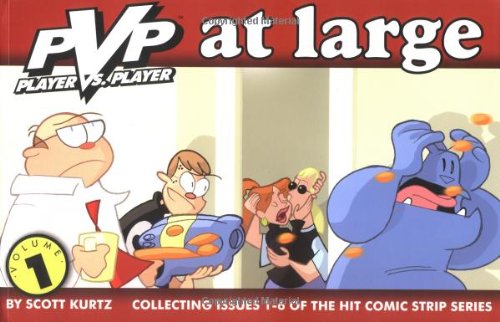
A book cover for PvP Volume 1: PvP at Large; Scott Kurtz; Humor & Entertainment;